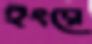
ইংরে